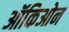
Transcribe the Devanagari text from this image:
ऑकिओन